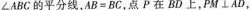
∠ABC的平分线，$$A B = B C$$，点P在BD上，pM⊥AD，